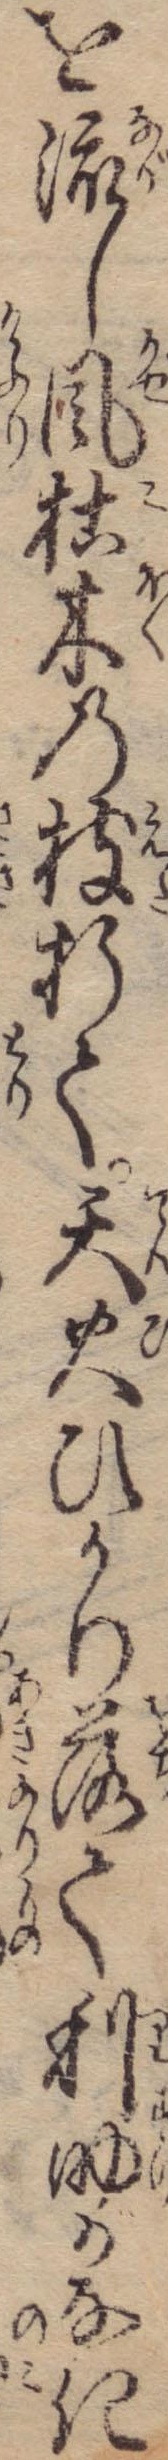
を流し風枯木の枝折て天火ひかり落て利助がなき